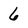
Character: 6